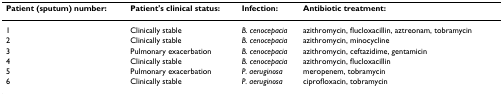
<table><thead><tr><td><b>Patient (sputum) number:</b></td><td><b>Patient&#x27;s clinical status:</b></td><td><b>Infection:</b></td><td><b>Antibiotic treatment:</b></td></tr></thead><tbody><tr><td>1</td><td>Clinically stable</td><td><i>B. cenocepacia</i></td><td>azithromycin, flucloxacillin, aztreonam, tobramycin</td></tr><tr><td>2</td><td>Clinically stable</td><td><i>B. cenocepacia</i></td><td>azithromycin, minocycline</td></tr><tr><td>3</td><td>Pulmonary exacerbation</td><td><i>B. cenocepacia</i></td><td>azithromycin, ceftazidime, gentamicin</td></tr><tr><td>4</td><td>Clinically stable</td><td><i>B. cenocepacia</i></td><td>azithromycin, flucloxacillin</td></tr><tr><td>5</td><td>Pulmonary exacerbation</td><td><i>P. aeruginosa</i></td><td>meropenem, tobramycin</td></tr><tr><td>6</td><td>Clinically stable</td><td><i>P. aeruginosa</i></td><td>ciprofloxacin, tobramycin</td></tr></tbody></table>